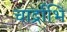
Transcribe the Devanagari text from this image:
चार्द्राभि